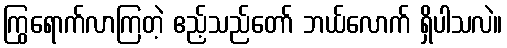
ကြွရောက်လာကြတဲ့ ဧည့်သည်တော် ဘယ်လောက် ရှိပါသလဲ။